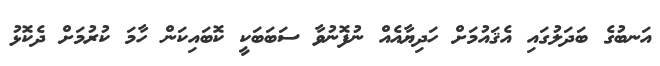
އަނބުގެ ބަދަލުގައި އެޤައުމަށް ހަދިޔާއެއް ނުފޮނުވާ ސަބަބަކީ ކޮބައިކަން ހާމަ ކުރުމަށް ދެކޮޅު